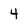
Character: 4